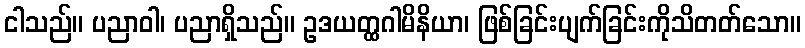
ငါသည်။ ပညာဝါ၊ ပညာရှိသည်။ ဥဒယတ္ထဂါမိနိယာ၊ ဖြစ်ခြင်းပျက်ခြင်းကိုသိတတ်သော။